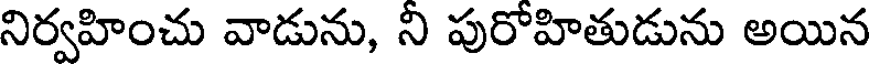
నిర్వహించు వాడును, ని పురోహితుడును అయిన